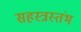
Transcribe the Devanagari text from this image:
सहस्त्रस्तंभ